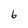
Character: 6